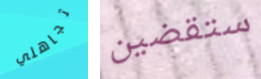
تجاهلي ستقضين